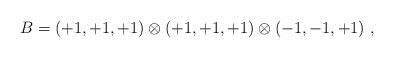
LaTeX: \begin{align*}B=(+1, +1, +1) \otimes (+1, +1, +1) \otimes (-1, -1, +1)~,~\,\end{align*}